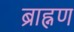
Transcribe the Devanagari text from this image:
ब्राह्नण